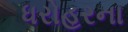
ધરોહરના